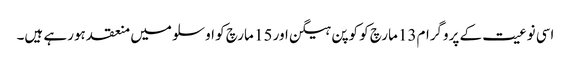
اسی نوعیت کے پروگرام13 مارچ کو کوپن ہیگن اور 15 مارچ کو اوسلو میں منعقد ہورہے ہیں۔